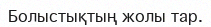
Болыстықтың жолы тар.